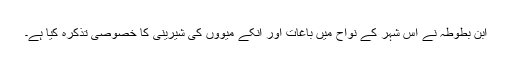
ابنِ بطوطہ نے اس شہر کے نواح میں باغات اور انکے میووں کی شیرینی کا خصوصی تذکرہ کیا ہے۔